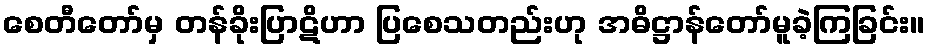
စေတီတော်မှ တန်ခိုးပြာဋိဟာ ပြစေသတည်းဟု အဓိဋ္ဌာန်တော်မူခဲ့ကြခြင်း။